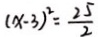
( x - 3 ) ^ { 2 } = \frac { 2 5 } { 2 }